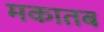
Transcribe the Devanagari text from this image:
मकातब